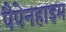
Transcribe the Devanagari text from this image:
पैपेनहाइम